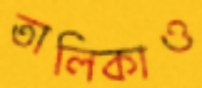
তালিকাও